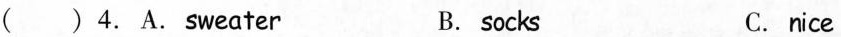
( ) 4.A.Sweater B. socks C. nice